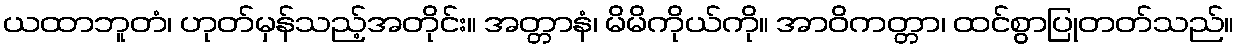
ယထာဘူတံ၊ ဟုတ်မှန်သည့်အတိုင်း။ အတ္တာနံ၊ မိမိကိုယ်ကို။ အာဝိကတ္တာ၊ ထင်စွာပြုတတ်သည်။